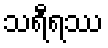
သရီရဿ